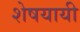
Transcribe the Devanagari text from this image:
शेषयायी